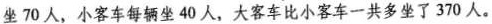
坐 70 人，小客车每辆坐 40 人，大客车比小客车一共多坐了 370 人。